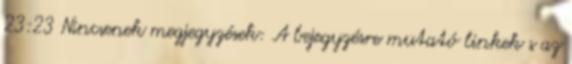
23:23 Nincsenek megjegyzések: A bejegyzésre mutató linkek s az